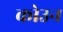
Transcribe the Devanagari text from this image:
कोउन